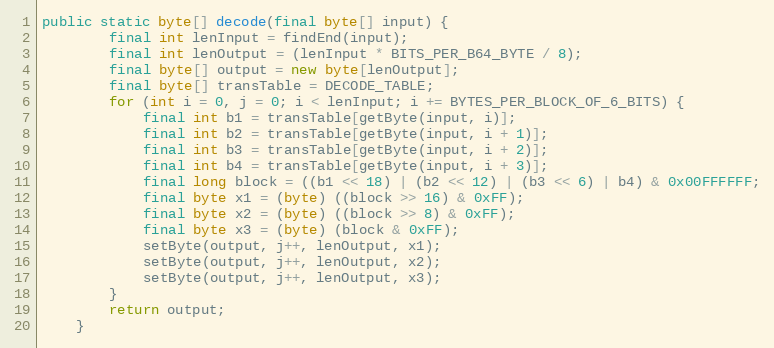
Language: Java
public static byte[] decode(final byte[] input) {
		final int lenInput = findEnd(input);
		final int lenOutput = (lenInput * BITS_PER_B64_BYTE / 8);
		final byte[] output = new byte[lenOutput];
		final byte[] transTable = DECODE_TABLE;
		for (int i = 0, j = 0; i < lenInput; i += BYTES_PER_BLOCK_OF_6_BITS) {
			final int b1 = transTable[getByte(input, i)];
			final int b2 = transTable[getByte(input, i + 1)];
			final int b3 = transTable[getByte(input, i + 2)];
			final int b4 = transTable[getByte(input, i + 3)];
			final long block = ((b1 << 18) | (b2 << 12) | (b3 << 6) | b4) & 0x00FFFFFF;
			final byte x1 = (byte) ((block >> 16) & 0xFF);
			final byte x2 = (byte) ((block >> 8) & 0xFF);
			final byte x3 = (byte) (block & 0xFF);
			setByte(output, j++, lenOutput, x1);
			setByte(output, j++, lenOutput, x2);
			setByte(output, j++, lenOutput, x3);
		}
		return output;
	}